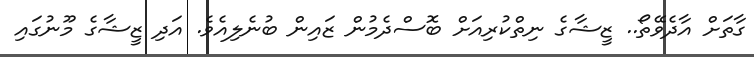
ގާތަށް އާދެވޭތޯ.. ޒީޝާގެ ނިތްކުރިއަށް ބޮސްދެމުން ޒައިން ބުނެލިއެވެ. އަދި ޒީޝާގެ މޫނުގައި